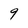
Character: 9